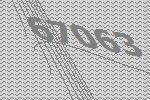
67063